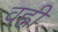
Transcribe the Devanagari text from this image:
वह्नी